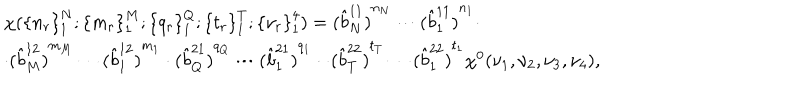
LaTeX: \begin{array} { l } { { \chi ( { \{ n _ { r } \} } _ { 1 } ^ { N } ; { \{ m _ { r } \} } _ { 1 } ^ { M } ; { \{ q _ { r } \} } _ { 1 } ^ { Q } ; { \{ t _ { r } \} } _ { 1 } ^ { T } ; { \{ \nu _ { r } \} } _ { 1 } ^ { 4 } ) = { ( \hat { b } _ { N } ^ { 1 1 } ) } ^ { n _ { \scriptscriptstyle N } } \cdots { ( \hat { b } _ { 1 } ^ { 1 1 } ) } ^ { n _ { 1 } } \cdot } } \\ { { \cdot { ( \hat { b } _ { M } ^ { 1 2 } ) } ^ { m _ { \scriptscriptstyle M } } \cdots { ( \hat { b } _ { 1 } ^ { 1 2 } ) } ^ { m _ { 1 } } \cdot { ( \hat { b } _ { Q } ^ { 2 1 } ) } ^ { q _ { \scriptscriptstyle Q } } \cdots { ( \hat { b } _ { 1 } ^ { 2 1 } ) } ^ { q _ { 1 } } \cdot \cdot { ( \hat { b } _ { T } ^ { 2 2 } ) } ^ { t _ { \scriptscriptstyle T } } \cdots { ( \hat { b } _ { 1 } ^ { 2 2 } ) } ^ { t _ { 1 } } \chi ^ { 0 } ( \nu _ { 1 } , \nu _ { 2 } , \nu _ { 3 } , \nu _ { 4 } ) , } } \\ \end{array}